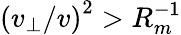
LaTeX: \left(v_{\perp}/v\right)^{2}>R_{m}^{-1}